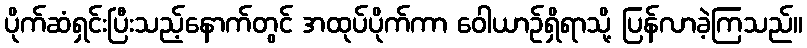
ပိုက်ဆံရှင်းပြီးသည့်နောက်တွင် အထုပ်ပိုက်ကာ ဝေါယာဉ်ရှိရာသို့ ပြန်လာခဲ့ကြသည်။